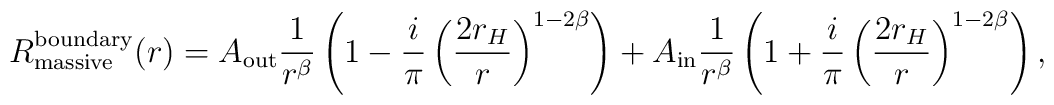
R^{\rm boundary}_{\rm massive}(r) = A_{\rm out}  \frac{1}{r^\beta}\left(1-\frac{i}{\pi}\left(\frac{2r_{H}}{r}\right)^{1-2\beta}\right)+ A_{\rm in}  \frac{1}{r^\beta}\left(1+\frac{i}{\pi}\left(\frac{2r_{H}}{r}\right)^{1-2\beta}\right),